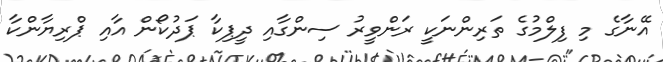
އޭނާގެ މި ފިލްމުގެ ތަރިންނަކީ ރަންވީރު ސިންގާއި ދީޕިކާ ޕަދުކޯން އާއި ޕްރިޔާންކާ